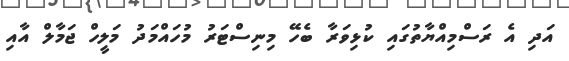
އަދި އެ ރަސްމިއްޔާތުގައި ކުޅިވަރާ ބެހޭ މިނިސްޓަރު މުހައްމަދު މަލީހް ޖަމާލް އާއި